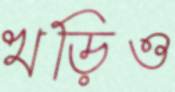
খড়িও